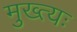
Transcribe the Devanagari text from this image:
मुख्त्यः